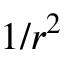
1 / r ^ { 2 }